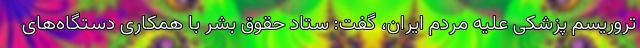
تروریسم پزشکی علیه مردم ایران، گفت: ستاد حقوق بشر با همکاری دستگاه‌های